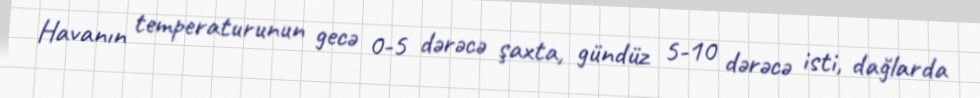
Havanın temperaturunun gecə 0-5 dərəcə şaxta, gündüz 5-10 dərəcə isti, dağlarda